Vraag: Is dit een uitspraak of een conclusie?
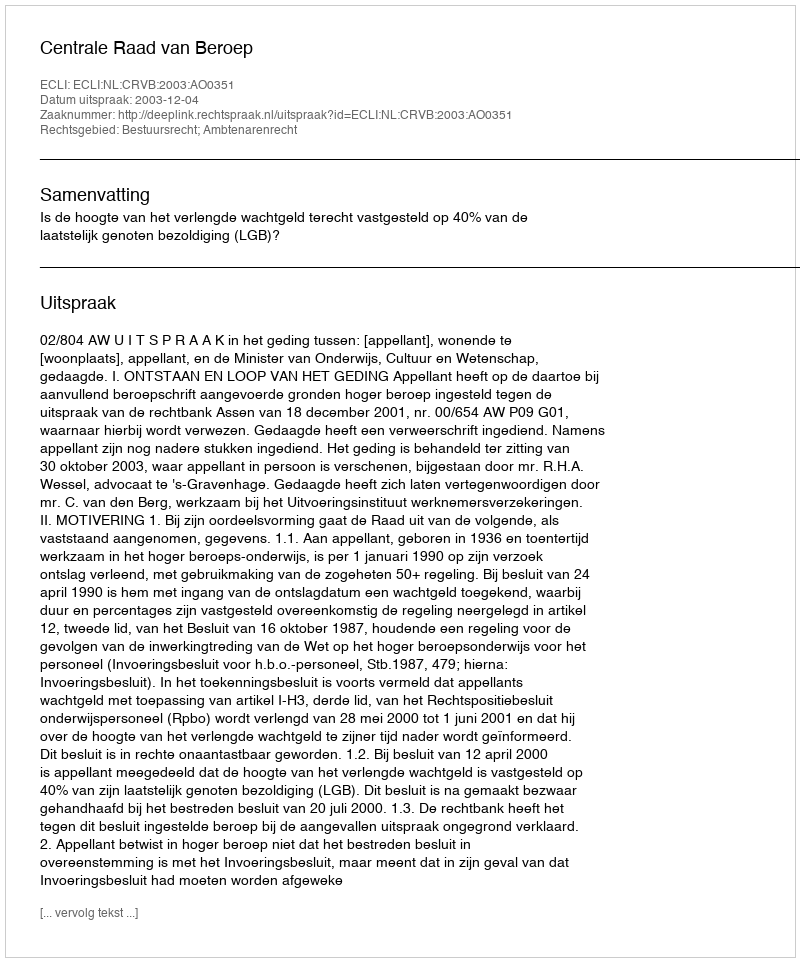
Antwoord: Uitspraak